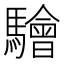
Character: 𩦱